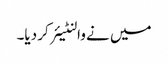
میں نے والنٹیئر کر دیا۔